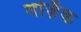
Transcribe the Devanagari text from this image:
मोजै़क